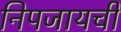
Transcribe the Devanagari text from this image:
निपजायची